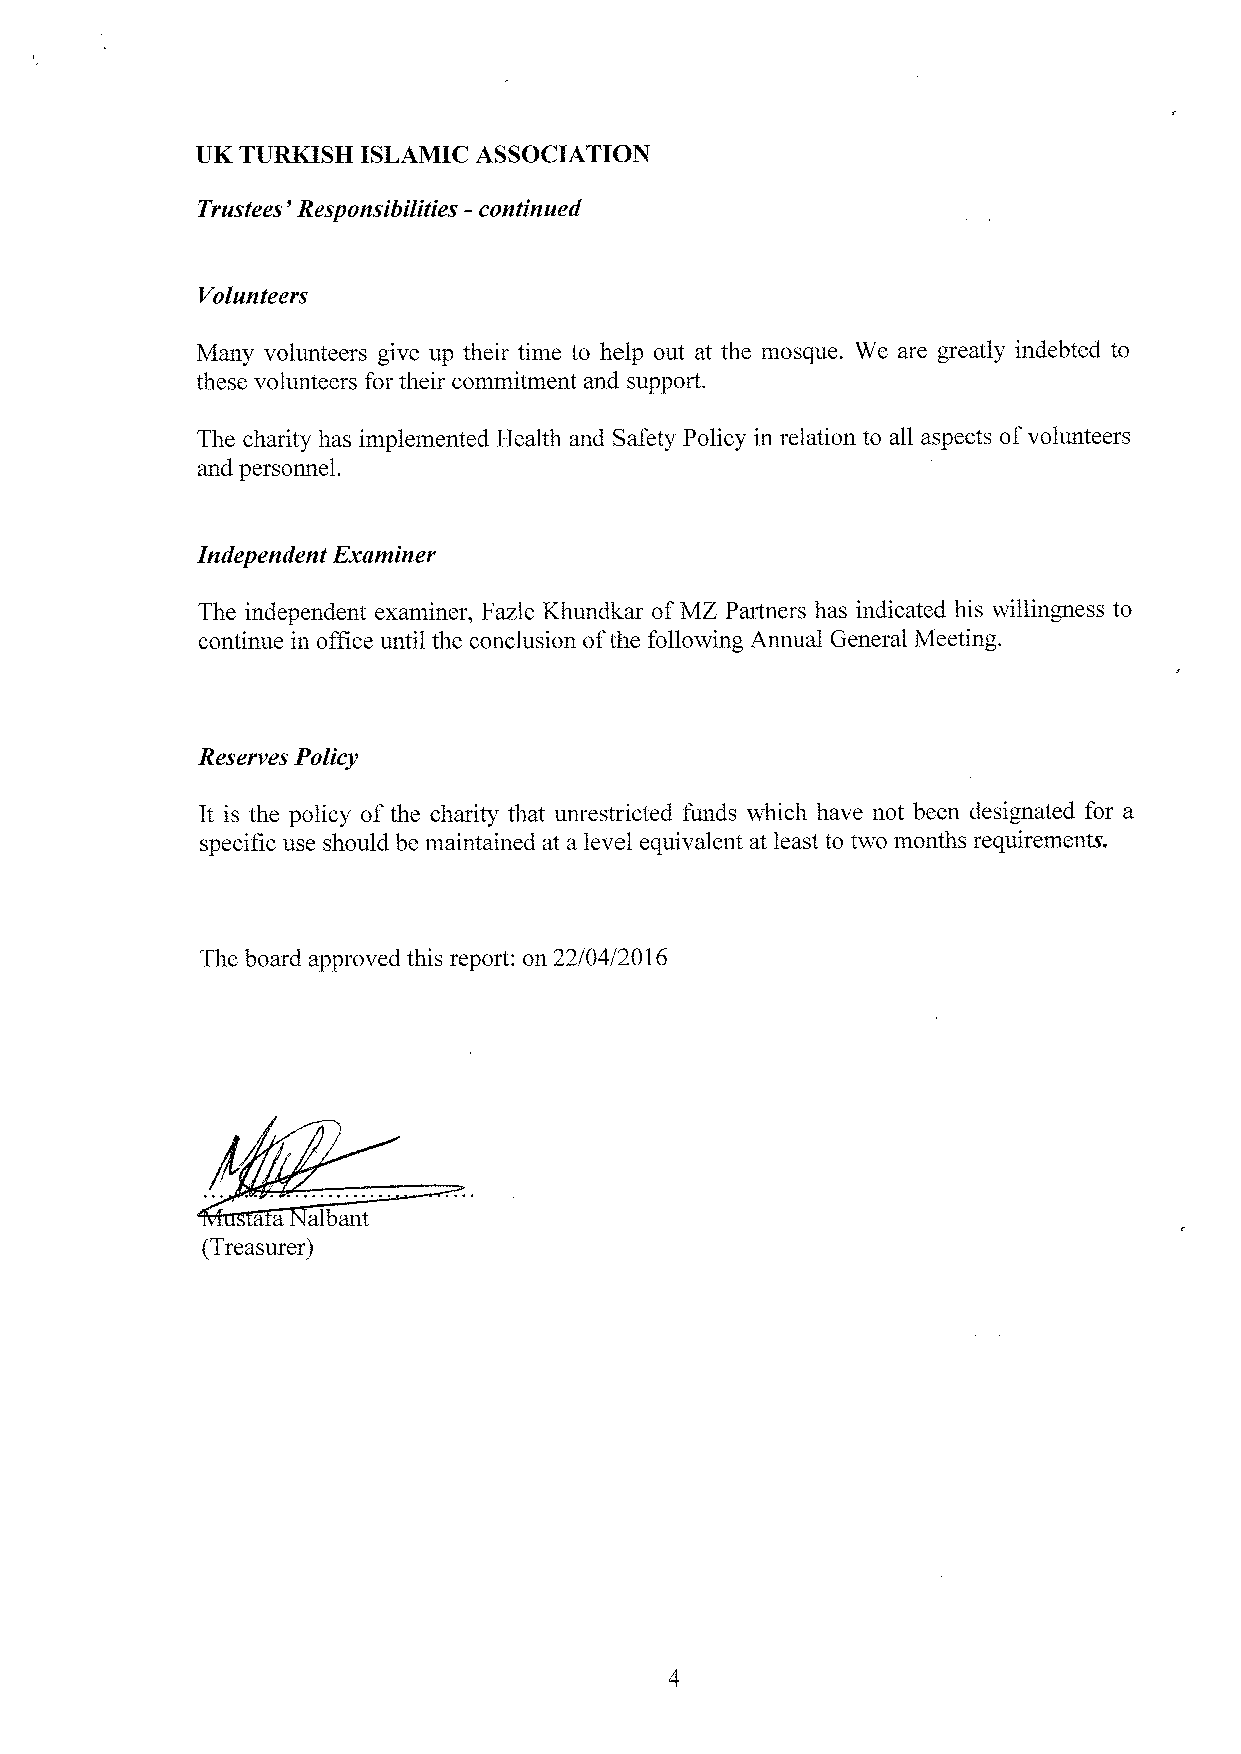
UK TURKISH ISLAMIC ASSOCIATION
 '
 Trustees Responsibilities —continued
 Volunteers
 Many volunteers give up their time to help out at the mosque. We are greatly indebted to
 these volunteers for their commitment and support.
 The charity has implemented Health and Safety Policy in relation to all aspects ofvolunteers
 and personnel.
 Independent Examiner
 The independent examiner, Fazle Khundkar ofMZ Partners has indicated his willingness to
 continue in office until the conclusion ofthe following Annual General Meeting.
 Reserves Policy
 It is the policy of the charity that unrestricted funds which have not been designated for a
 specific use should be maintained at a level equivalent at least to two months requirements.
 The board approved this report: on 22/04/2016
 a a albant
 {Treasurer)